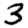
Digit: 3